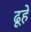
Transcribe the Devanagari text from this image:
ढूहे